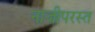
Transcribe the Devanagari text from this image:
नाजीपरस्त